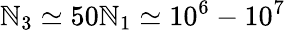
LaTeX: \mathbb{N}_{3}\simeq50\mathbb{N}_{1}\simeq10^{6}-10^{7}